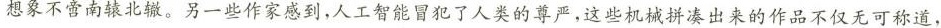
想象不舍南北。另-些作家感到，人工智能冒犯了人类的尊严，这些机械拼凑出来的作品不仅无可称道，